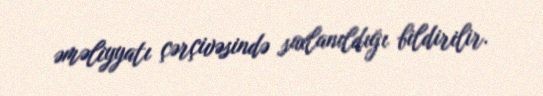
əməliyyatı çərçivəsində saxlanıldığı bildirilir.